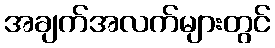
အချက်အလက်များတွင်